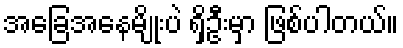
အခြေအနေမျိုးပဲ ရှိဦးမှာ ဖြစ်ပါတယ်။